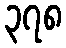
၃၇၈